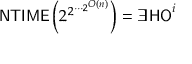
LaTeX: { \mathsf { N T I M E } } \left( 2 ^ { 2 ^ { \cdots { 2 ^ { O ( n ) } } } } \right) = \exists { } { \mathsf { H O } } ^ { i }